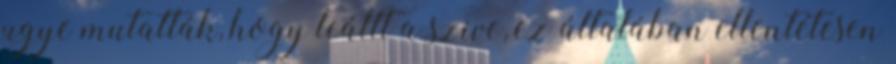
ugye mutatták, hogy leállt a szive, ez általában ellentétesen